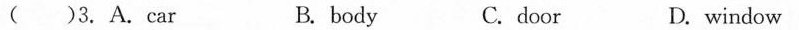
( ) 3.A.car B.body C.door D.window